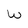
Character: W